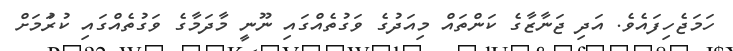
ހަމަޖެހިފައެވެ. އަދި ޖަނާޒާގެ ކަންތައް މިއަދުގެ ވަގުތެއްގައި ނޫނީ މާދަމާގެ ވަގުތެއްގައި ކުރުަމަށް